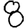
Digit: 8